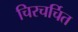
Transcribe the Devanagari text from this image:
चिरचर्चित